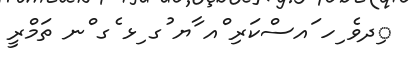
ިދވެ ިހ ައސްކަރި ްއ ާޔ ުގ ިޅ ެގ ްނ ތަމްރީ